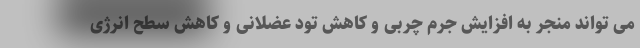
می تواند منجر به افزایش جرم چربی و کاهش تود عضلانی و کاهش سطح انرژی